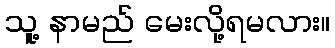
သူ့ နာမည် မေးလို့ရမလား။